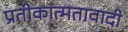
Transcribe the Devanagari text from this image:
प्रतीकात्मतावादी